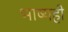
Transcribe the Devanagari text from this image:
भाष्यही